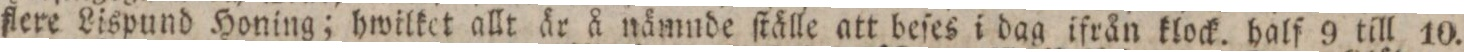
flere Lispund Honing; hwilket allt är å nämnde ſtälle att beſes i dag ifrån klock. half 9 till 10.